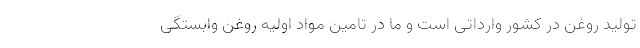
تولید روغن در کشور وارداتی است و ما در تامین مواد اولیه روغن وابستگی